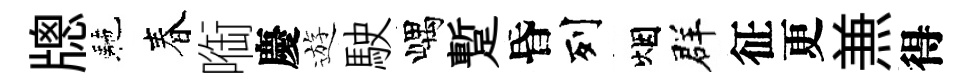
牕駰春㗸慶遊駛嵎蹔昏列烟群征更𠔥得